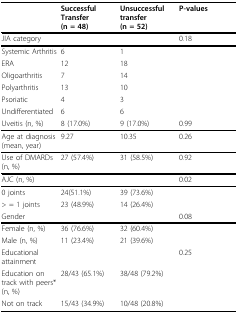
<table><thead><tr><td></td><td><b>Successful Transfer (n = 48)</b></td><td><b>Unsuccessful transfer (n = 52)</b></td><td><b>P-values</b></td></tr></thead><tbody><tr><td>JIA category</td><td></td><td></td><td>0.18</td></tr><tr><td>Systemic Arthritis</td><td>6</td><td>1</td><td></td></tr><tr><td>ERA</td><td>12</td><td>18</td><td></td></tr><tr><td>Oligoarthritis</td><td>7</td><td>14</td><td></td></tr><tr><td>Polyarthritis</td><td>13</td><td>10</td><td></td></tr><tr><td>Psoriatic</td><td>4</td><td>3</td><td></td></tr><tr><td>Undifferentiated</td><td>6</td><td>6</td><td></td></tr><tr><td>Uveitis (n, %)</td><td>8 (17.0%)</td><td>9 (17.0%)</td><td>0.99</td></tr><tr><td>Age at diagnosis (mean, year)</td><td>9.27</td><td>10.35</td><td>0.26</td></tr><tr><td>Use of DMARDs (n, %)</td><td>27 (57.4%)</td><td>31 (58.5%)</td><td>0.92</td></tr><tr><td>AJC (n, %)</td><td></td><td></td><td>0.02</td></tr><tr><td>0 joints</td><td>24(51.1%)</td><td>39 (73.6%)</td><td></td></tr><tr><td>&gt; = 1 joints</td><td>23 (48.9%)</td><td>14 (26.4%)</td><td></td></tr><tr><td>Gender</td><td></td><td></td><td>0.08</td></tr><tr><td>Female (n, %)</td><td>36 (76.6%)</td><td>32 (60.4%)</td><td></td></tr><tr><td>Male (n, %)</td><td>11 (23.4%)</td><td>21 (39.6%)</td><td></td></tr><tr><td>Educational attainment</td><td></td><td></td><td>0.25</td></tr><tr><td>Education on track with peers* (n, %)</td><td>28/43 (65.1%)</td><td>38/48 (79.2%)</td><td></td></tr><tr><td>Not on track</td><td>15/43 (34.9%)</td><td>10/48 (20.8%)</td><td></td></tr></tbody></table>